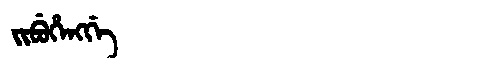
Manchu: ᠵᡳᠪᡠᡥᡝᠩᡤᡝ
Romanization: JIBUHENGGE